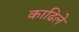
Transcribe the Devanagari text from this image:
काढिले